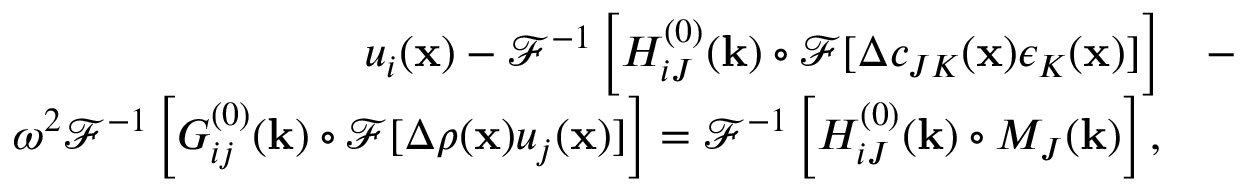
\begin{array} { r l } { u _ { i } ( { \bf x } ) - \mathcal { F } ^ { - 1 } \left[ H _ { i J } ^ { ( 0 ) } ( { \bf k } ) \circ \mathcal { F } [ \Delta c _ { J K } ( { \bf x } ) \epsilon _ { K } ( { \bf x } ) ] \right] } & { - } \\ { \omega ^ { 2 } \mathcal { F } ^ { - 1 } \left[ G _ { i j } ^ { ( 0 ) } ( { \bf k } ) \circ \mathcal { F } [ \Delta \rho ( { \bf x } ) u _ { j } ( { \bf x } ) ] \right] = \mathcal { F } ^ { - 1 } \left[ H _ { i J } ^ { ( 0 ) } ( { \bf k } ) \circ M _ { J } ( { \bf k } ) \right] , } \end{array}